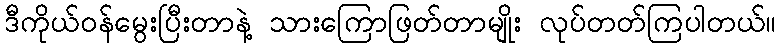
ဒီကိုယ်ဝန်မွေးပြီးတာနဲ့ သားကြောဖြတ်တာမျိုး လုပ်တတ်ကြပါတယ်။